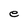
Character: e